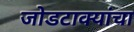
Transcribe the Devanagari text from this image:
जोडटाक्यांचा